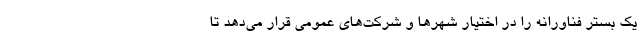
یک بستر فناورانه را در اختیار شهرها و شرکت‌های عمومی قرار می‌دهد تا